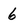
Character: 6